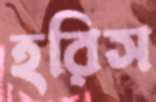
হরিস